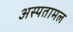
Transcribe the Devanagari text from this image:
अस्पतामल